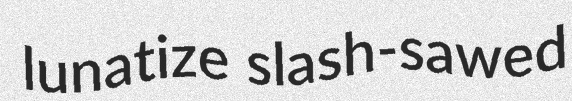
lunatize slash-sawed